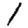
Digit: 1